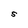
Character: S